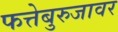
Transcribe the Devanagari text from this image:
फत्तेबुरुजावर